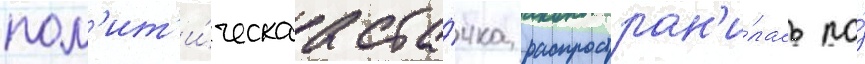
пол'ит'и́ческаа ста́чка распростран'и́лась по́